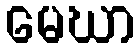
မေဃာ